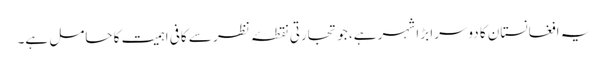
یہ افغانستان کا دوسرا بڑا شہر ہے، جو تجارتی نقطۂ نظر سے کافی اہمیت کا حامل ہے۔